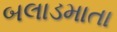
બલાડમાતા